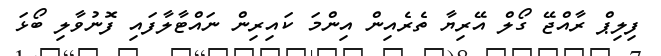
ފިލިޕް ރާއްޖޭ ގޯލް އޭރިޔާ ތެރެއިން އިންމަ ކައިރިން ނައްޓާލާފައި ފޮނުވާލި ބޯޅަ